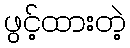
ဖွင့်ထားတဲ့